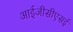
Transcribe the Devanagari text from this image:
आईजीसीएसई